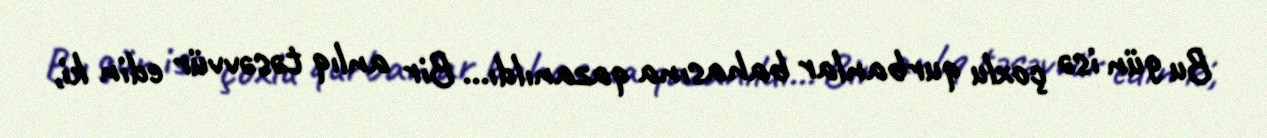
Bu gün isə çoxlu qurbanlar bahasına qazanıldı... Bir anlıq təsəvvür edin ki,